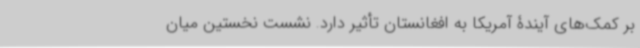
بر کمک‌های آیندۀ آمریکا به افغانستان تأثیر دارد. نشست نخستین میان